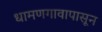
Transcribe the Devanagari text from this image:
धामणगावापासून